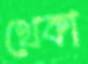
থেকা